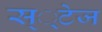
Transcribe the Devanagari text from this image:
स््टेज